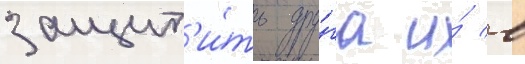
защит'и́ть дру́га и́ в